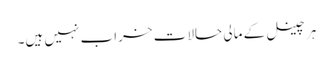
ہر چینل کے مالی حالات خراب نہیں ہیں۔